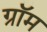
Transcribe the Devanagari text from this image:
ग्रॉम